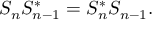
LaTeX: S _ { n } S _ { n - 1 } ^ { * } = S _ { n } ^ { * } S _ { n - 1 } .